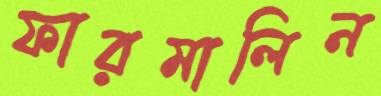
ফারমালিন